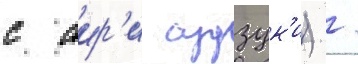
с аир'и судзук'и) /